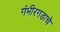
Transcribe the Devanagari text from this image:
गंभीरगडाचे